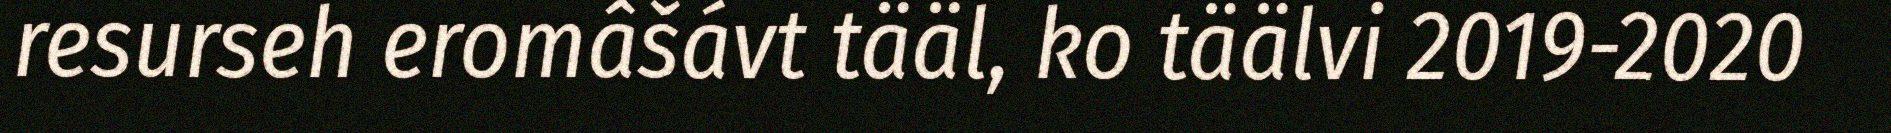
resurseh eromâšávt tääl, ko täälvi 2019-2020